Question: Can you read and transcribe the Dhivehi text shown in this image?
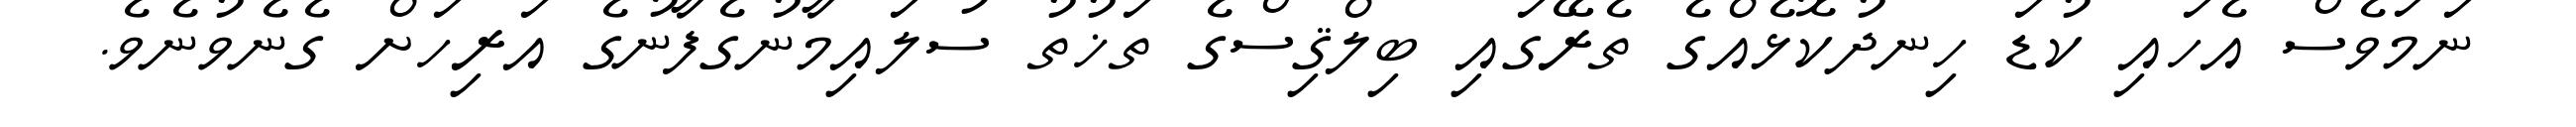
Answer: ނަމަވެސް އެހައި ކުޑަ ހިނދުކޮޅެއްގެ ތެރޭގައި ބިލްޤިސްގެ ތަޚުތު ސުލައިމާނުގެފާނުގެ އަރިހަށް ގެނެވުނެވެ.